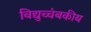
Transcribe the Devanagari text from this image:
विद्युच्चंबकीय